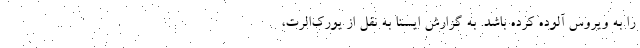
را به ویروس آلوده کرده باشد. به گزارش ایسنا به نقل از یورک‌الرت،‌